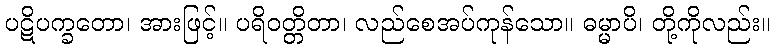
ပဋိပက္ခတော၊ အားဖြင့်။ ပရိဝတ္တိတာ၊ လည်စေအပ်ကုန်သော။ ဓမ္မာပိ၊ တို့ကိုလည်း။